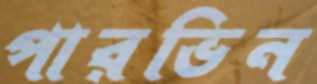
পারভিন